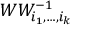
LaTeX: W W _ { i _ { 1 } , \dots , i _ { k } } ^ { - 1 }